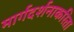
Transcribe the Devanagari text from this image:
मार्गदर्शनाकरिता